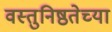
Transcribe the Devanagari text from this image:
वस्तुनिष्ठतेच्या